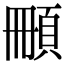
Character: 𩒄